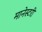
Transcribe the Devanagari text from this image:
मानेस्टरी